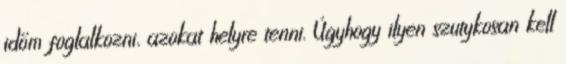
időm foglalkozni, azokat helyre tenni. Úgyhogy ilyen szutykosan kell